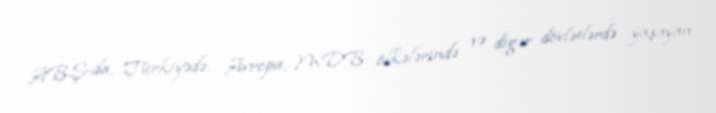
ABŞ-da, Türkiyədə, Avropa, MDB ölkələrində və digər dövlətlərdə yaşayan